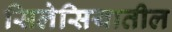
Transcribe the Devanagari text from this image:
सिलेसियातील